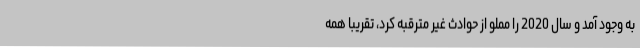
به وجود آمد و سال 2020 را مملو از حوادث غیر مترقبه کرد، تقریبا همه